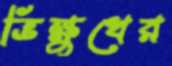
ভিক্ষুখের